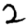
Digit: 2